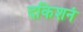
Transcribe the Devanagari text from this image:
दकिशनं